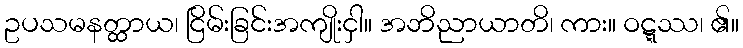
ဥပသမနတ္ထာယ၊ ငြိမ်းခြင်းအကျိုးငှါ။ အဘိညာယာတိ၊ ကား။ ဝဋ္ဋဿ၊ ၏။